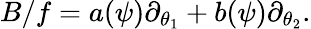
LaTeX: B/f=a(\psi)\partial_{\theta_{1}}+b(\psi)\partial_{\theta_{2}}.